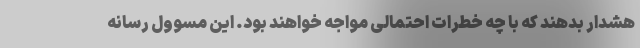
هشدار بدهند که با چه خطرات احتمالی مواجه خواهند بود. این مسوول رسانه